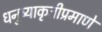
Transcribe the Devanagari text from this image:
धनुष्याकृतीप्रमाणे